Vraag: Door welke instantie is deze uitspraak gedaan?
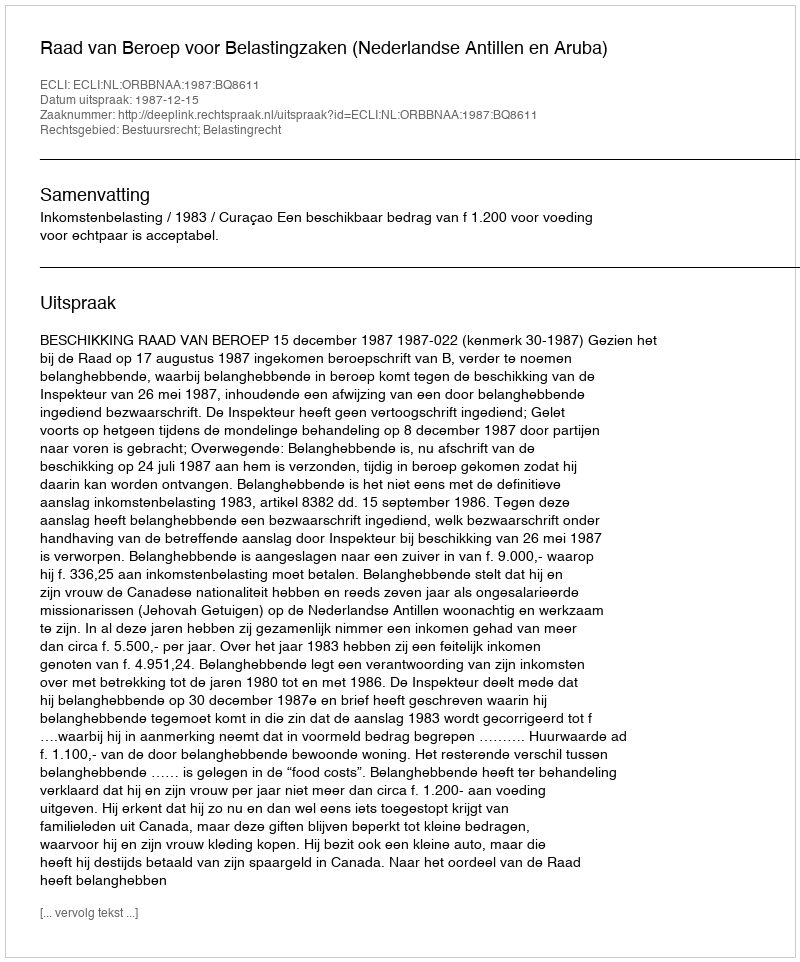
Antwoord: Raad van Beroep voor Belastingzaken (Nederlandse Antillen en Aruba)